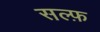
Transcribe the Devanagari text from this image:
सल्फ़